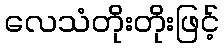
လေသံတိုးတိုးဖြင့်